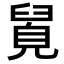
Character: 𮍯